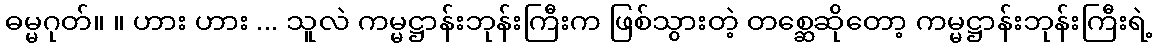
ဓမ္မဂုတ်။ ။ ဟား ဟား ... သူလဲ ကမ္မဋ္ဌာန်းဘုန်းကြီးက ဖြစ်သွားတဲ့ တစ္ဆေဆိုတော့ ကမ္မဋ္ဌာန်းဘုန်းကြီးရဲ့